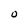
Character: O